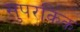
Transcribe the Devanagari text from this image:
सुपरकिक